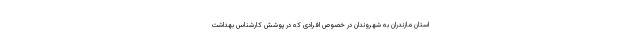
استان مازندران به شهروندان در خصوص افرادی که در پوشش کارشناس بهداشت